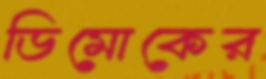
ডিমোকের